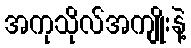
အကုသိုလ်အကျိုးနဲ့